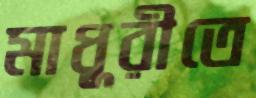
মাধুরীতে